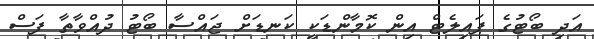
އަދި ބޯޓުގެ ޕައިލެޓް އިން ކޮމާންޑަކީ ކަނޑަށް ޖައްސާ ބޯޓު ދުއްވާތާ ފަސް